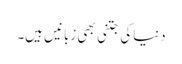
دنیاکی جتنی بھی زبانیں ہیں۔